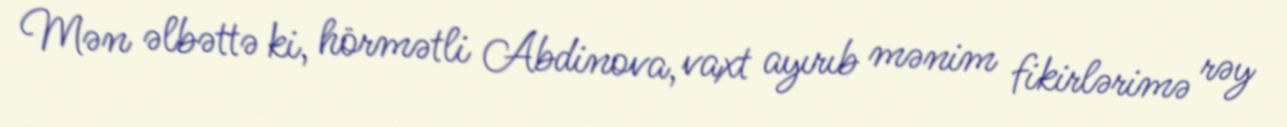
Mən əlbəttə ki, hörmətli Abdinova, vaxt ayırıb mənim fikirlərimə rəy